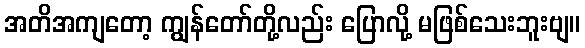
အတိအကျတော့ ကျွန်တော်တို့လည်း ပြောလို့ မဖြစ်သေးဘူးဗျ။